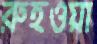
রুহওয়া